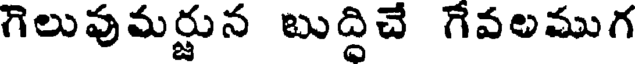
గెలువుమర్జున బుద్దిచే గేవలముగ